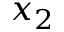
x _ { 2 }